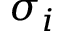
\sigma _ { i }